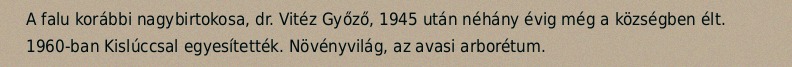
A falu korábbi nagybirtokosa, dr. Vitéz Győző, 1945 után néhány évig még a községben élt. 1960-ban Kislúccsal egyesítették. Növényvilág, az avasi arborétum.